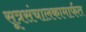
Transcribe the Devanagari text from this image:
सूत्रसंचालकामार्फत